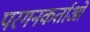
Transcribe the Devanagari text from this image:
परगनकर्ताओं